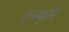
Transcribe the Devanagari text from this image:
कुम्कुम